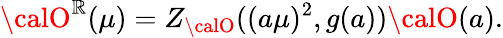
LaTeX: {\calO}^{\mathbb{R}}(\mu)=Z_{\calO}((a\mu)^{2},g(a)){\calO}(a).